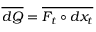
\overline { { d Q } } = \overline { { F _ { t } \circ d { x } _ { t } } }